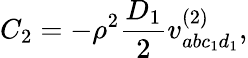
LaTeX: C_{2}=-\rho^{2}\frac{D_{1}}{2}v_{abc_{1}d_{1}}^{(2)},